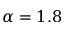
\alpha = 1 . 8